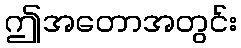
ဤအတောအတွင်း